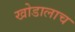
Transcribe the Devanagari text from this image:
खोडालाच